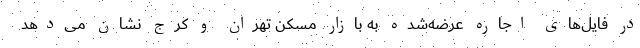
در فایل‌‌های اجاره عرضه‌شده به بازار مسکن تهران و کرج نشان می‌‌دهد